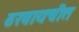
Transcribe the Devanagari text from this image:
ठरवायचीत